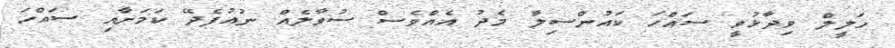
ހަލީލް ވިދާޅުވީ ސައްހަ ކައުންސިލާ މެދު އެއްވެސް ސުވާލެއް ނުއުފެދޭ ކަމަށާއި ސައްހަ